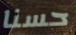
حسنا